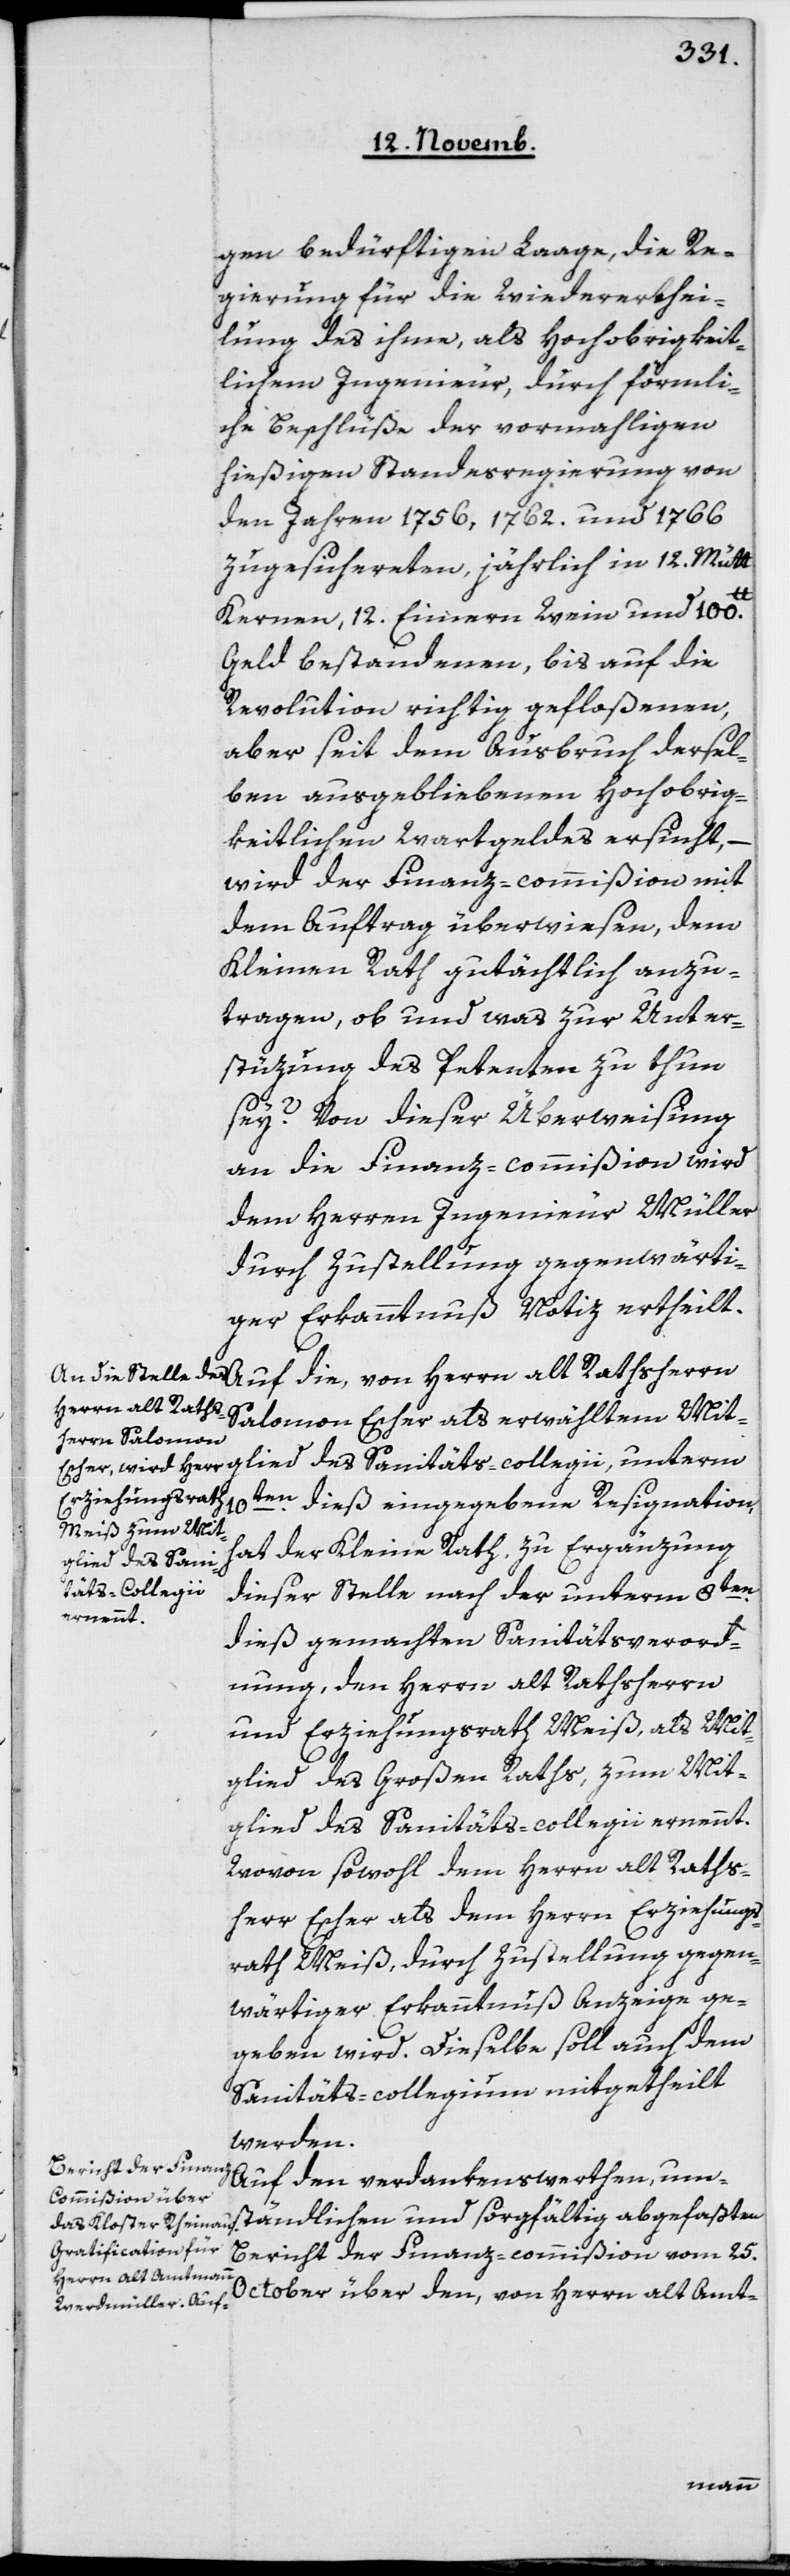
gen bedürftigen Laage, die Re¬
gierung für die Wiedererthei¬
lung des ihme, als hochobrigkeit¬
lichen Ingenieur, durch förmli¬
che Beschlüße der vormahligen
hießigen Standesregierung von
den Jahren 1756, 1762 und 1766
zugesicherten, jährlich in 12 Mütt
lb.
Kernen, 12 Eimern Wein und 100
Geld bestandenen, bis auf die
Revolution richtig gefloßenen,
aber seit dem Ausbruch dersel¬
ben ausgebliebenen hochobrig¬
keitlichen Wartgeldes ersucht,
wird der Finanz-commißion mit
dem Auftrag überwiesen, dem
Kleinen Rath gutächtlich anzu¬
tragen, ob und was zur Unter¬
stützung des Petenten zu thun
sey? Von dieser Überweisung
an die Finanz-commißion wird
dem Herren Ingenieur Müller
durch Zustellung gegenwärti¬
ger Erkanntnuß Notiz ertheilt.
Auf die, von Herrn alt Rathsherrn
Salomon Escher als erwähltem Mit¬
glied des Sanitäts-collegii unterm
10ten dieß eingegebene Resignation,
hat der Kleine Rath zu Ergänzung
dieser Stelle nach der unterm 8ten
dieß gemachten Sanitätsverord¬
nung, den Herrn alt Rathsherrn
und Erziehungsrath Meiß, als Mit¬
glied des Großen Raths, zum Mit¬
glied des Sanitäts-collegii ernennt.
Wovon sowohl dem Herrn alt Raths¬
herr Escher als dem Herrn Erziehungs¬
rath Meiß, durch Zustellung gegen¬
wärtiger Erkanntnuß Anzeige ge¬
geben wird. Dieselbe soll auch dem
Sanitäts-collegium mitgetheilt
werden.
Auf den verdankenswerten, um¬
ständlichen und sorgfältig abgefaßten
Bericht der Finanz-commißion vom 25.
October über den, von Herrn alt Amt-